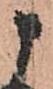
申